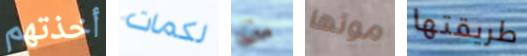
أخذتهم لكمات من موتها طريقتها